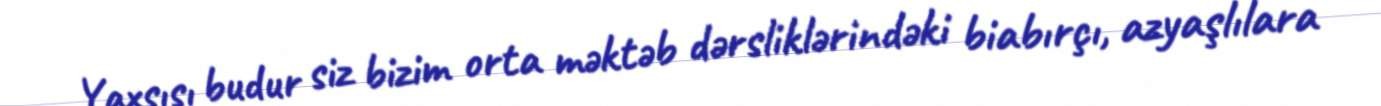
Yaxşısı budur siz bizim orta məktəb dərsliklərindəki biabırçı, azyaşlılara